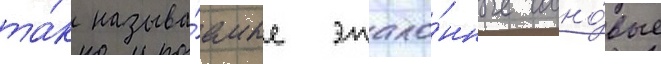
та́к называ́емые этало́нные сосно́вые